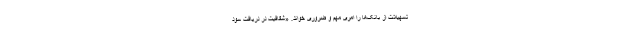
تسهیلات از بانک‌ها را امری مهم و ضروری خواند. «شفافیت در دریافت سود